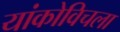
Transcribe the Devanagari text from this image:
यांकोविचला